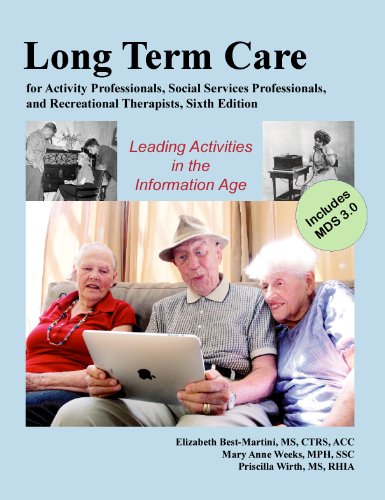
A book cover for Long-Term Care for Activity Professionals, Social Services Professionals, and Recreational Therapists Sixth Edition; Elizabeth (Betsy) Best-Martini; Medical Books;